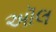
અૉલ